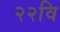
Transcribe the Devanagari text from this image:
२२वि